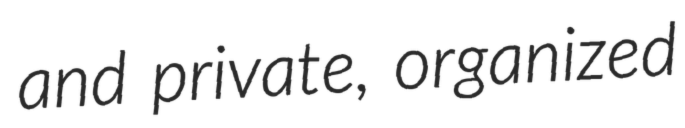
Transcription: and private, organized